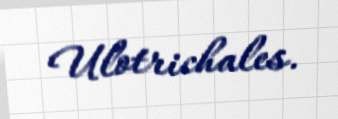
Ulotrichales.